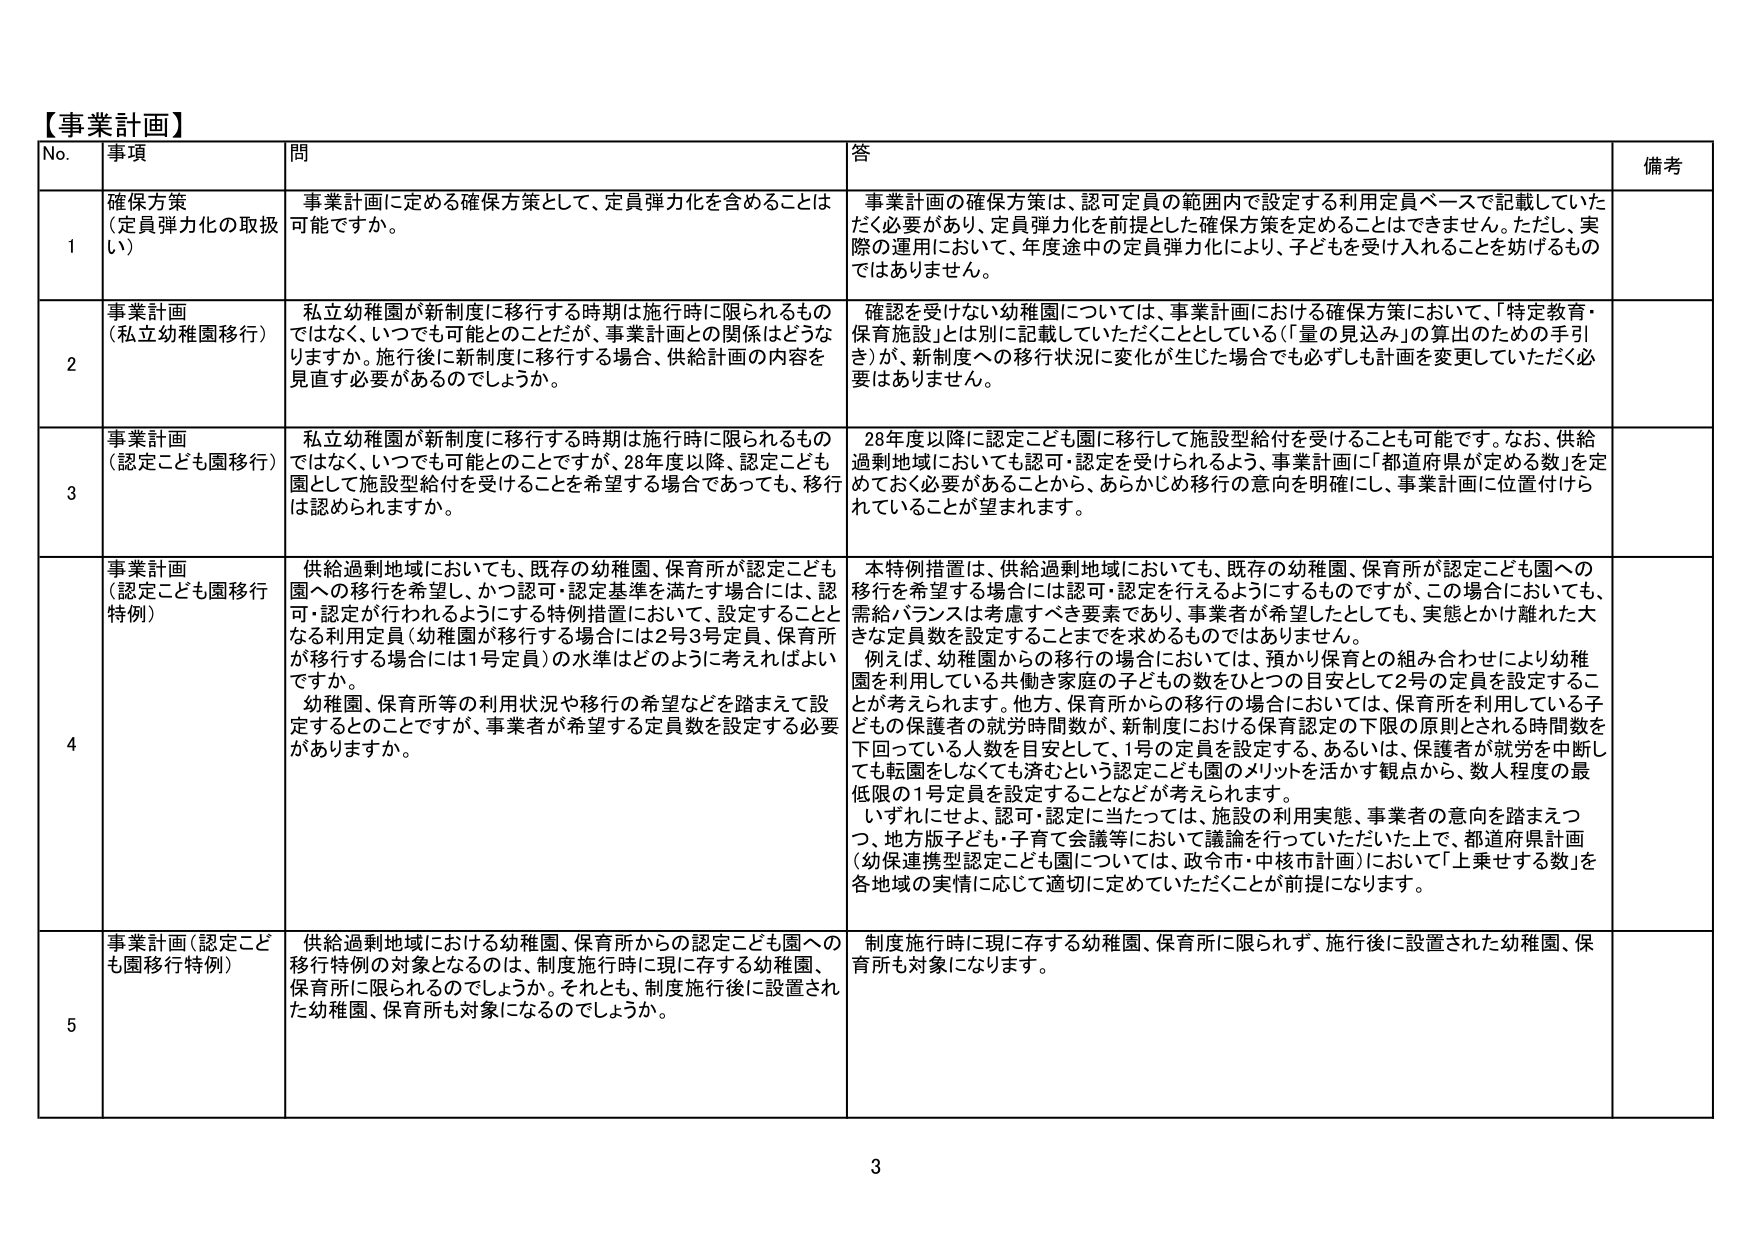
【事業計画】
No. 事項 問 答 備考
1 確保方策（定員弾力化の取扱い） 事業計画に定める確保方策として、定員弾力化を含めることは可能ですか。 事業計画の確保方策は、認可定員の範囲内で設定する利用定員ベースで記載していただく必要があり、定員弾力化を前提とした確保方策を定めることはできません。ただし、実際の運用において、年度途中の定員弾力化により、子どもを受け入れることを妨げるものではありません。
2 事業計画（私立幼稚園移行） 私立幼稚園が新制度に移行する時期は施行時に限られるものではなく、いつでも可能とのことだが、事業計画との関係はどうなりますか。施行後に新制度に移行する場合、供給計画の内容を見直す必要があるのでしょうか。 確認を受けない幼稚園については、事業計画における確保方策において、「特定教育・保育施設」とは別に記載していただくこととしている（「量の見込み」の算出のための手引き）が、新制度への移行状況に変化が生じた場合でも必ずしも計画を変更していただく必要はありません。
3 事業計画（認定こども園移行） 私立幼稚園が新制度に移行する時期は施行時に限られるものではなく、いつでも可能とのことですが、28年度以降、認定こども園として施設型給付を受けることを希望する場合であっても、移行は認められますか。 28年度以降に認定こども園に移行して施設型給付を受けることも可能です。なお、供給過剰地域においても認可・認定を受けられるよう、事業計画に「都道府県が定める数」を定めておく必要があることから、あらかじめ移行の意向を明確にし、事業計画に位置付けられていることが望まれます。
4 事業計画（認定こども園移行特例） 供給過剰地域においても、既存の幼稚園、保育所が認定こども園への移行を希望し、かつ認可・認定基準を満たす場合には、認可・認定が行われるようにする特別措置において、設定することとなる利用定員（幼稚園が移行する場合には2号3号定員、保育所が移行する場合には1号定員）の水準はどのように考えればよいですか。 幼稚園、保育所等の利用状況や移行の希望などを踏まえて設定するとのことですが、事業者が希望する定員数を設定する必要がありますか。 本特例措置は、供給過剰地域においても、既存の幼稚園、保育所が認定こども園への移行を希望する場合には認可・認定を行えるようにするものですが、この場合においても、需給バランスは考慮すべき要素であり、事業者が希望したとしても、実態とかけ離れた大きな定員数を設定することまでは求めるものではありません。 例えば、幼稚園からの移行の場合においては、預かり保育との組み合わせにより幼稚園を利用している共働き家庭の子どもの数をひとつの目安として2号の定員を設定することが考えられます。他方、保育所からの移行の場合においては、保育所を利用している子どもの保護者の就労時間数が、新制度における保育認定の下限の原則とされる時間数を下回っている人数を目安として、1号の定員を設定する、あるいは、保護者が就労を中断しても転園をしなくても済むという認定こども園のメリットを活かす観点から、数人程度の最低限の1号定員を設定することなどが考えられます。 いずれにせよ、認可・認定に当たっては、施設の利用実態、事業者の意向を踏まえつつ、地方版子ども・子育て会議等において議論を行っていただきた上で、都道府県計画（幼保連携型認定こども園については、政令市・中核市計画）において「上乗せする数」を各地域の実情に応じて適切に定めていただくことが前提になります。
5 事業計画（認定こども園移行特例） 供給過剰地域における幼稚園、保育所からの認定こども園への移行特例の対象となるのは、制度施行時に現に存する幼稚園、保育所に限られるのでしょうか。それとも、制度施行後に設置された幼稚園、保育所も対象になるのでしょうか。 制度施行時に現に存する幼稚園、保育所に限られず、施行後に設置された幼稚園、保育所も対象になります。
3